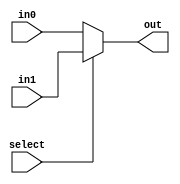
module busmux65bit_2(out, select, in0, in1);
    input select;
    input [64:0] in0, in1;
    output [64:0] out;
    assign out = select ? in1 : in0;
endmodule